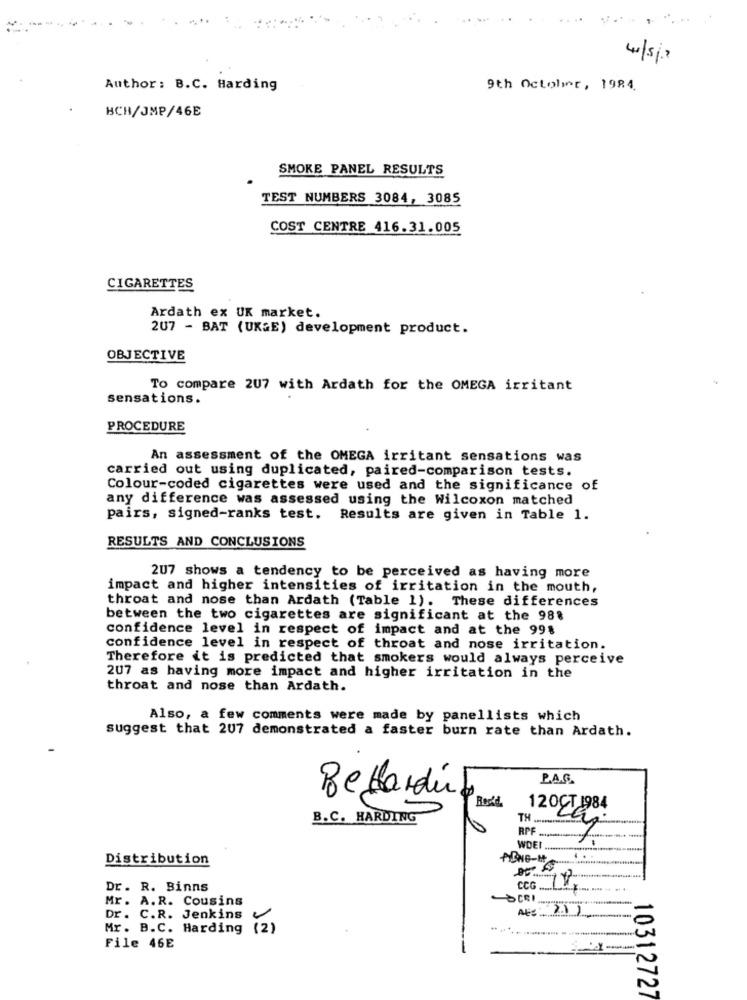
4/5/2
Author: B.C. Harding
9th October, 1984
HCH/JMP/46E
SMOKE PANEL RESULTS
TEST NUMBERS 3084, 3085
COST CENTRE 416.31.005
CIGARETTES
Ardath ex UK market.
207 - BAT (UK&E) development product.
OBJECTIVE
To compare 207 with Ardath for the OMEGA irritant
sensations.
PROCEDURE
An assessment of the OMEGA irritant sensations was
carried out using duplicated, paired-comparison tests.
Colour-coded cigarettes were used and the significance of
any difference was assessed using the Wilcoxon matched
pairs, signed-ranks test. Results are given in Table 1.
RESULTS AND CONCLUSIONS
2U7 shows a tendency to be perceived as having more
impact and higher intensities of irritation in the mouth,
throat and nose than Ardath (Table 1). These differences
between the two cigarettes are significant at the 988
confidence level in respect of impact and at the 99%
confidence level in respect of throat and nose irritation.
Therefore it is predicted that smokers would always perceive
207 as having more impact and higher irritation in the
throat and nose than Ardath.
Also, a few comments were made by panellists which
suggest that 207 demonstrated a faster burn rate than Ardath.
LA.G.
Belardi!
Res'd
120CT 1984
B.C. HARDING
TH
RPF
WDEI
Distribution
Dr. R. Binns
CCG.
Mr. A.R. Cousins
Dr. C.R. Jenkins
Mr. B.C. Harding (2)
File 46E
10312727